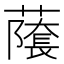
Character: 𬞾